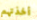
أخذتهم